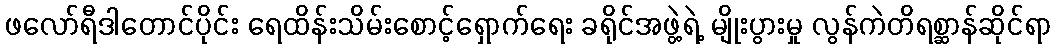
ဖလော်ရီဒါတောင်ပိုင်း ရေထိန်းသိမ်းစောင့်ရှောက်ရေး ခရိုင်အဖွဲ့ရဲ့ မျိုးပွားမှု လွန်ကဲတိရစ္ဆာန်ဆိုင်ရာ